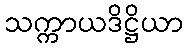
သက္ကာယဒိဋ္ဌိယာ